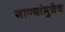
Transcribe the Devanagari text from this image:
गाण्यांमुळेच